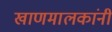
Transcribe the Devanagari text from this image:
खाणमालकांनी